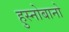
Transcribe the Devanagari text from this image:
हुस्नोबानो